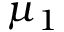
\mu _ { 1 }